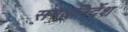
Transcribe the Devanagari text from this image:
समयनिर्देश